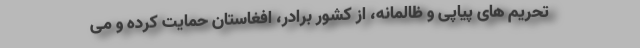
تحریم های پیاپی و ظالمانه، از کشور برادر، افغاستان حمایت کرده و می